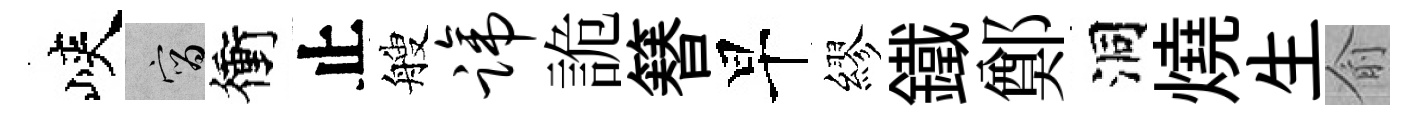
峽宵衝止艘蹄詭簮早繆鐵鄭洞燒生俞